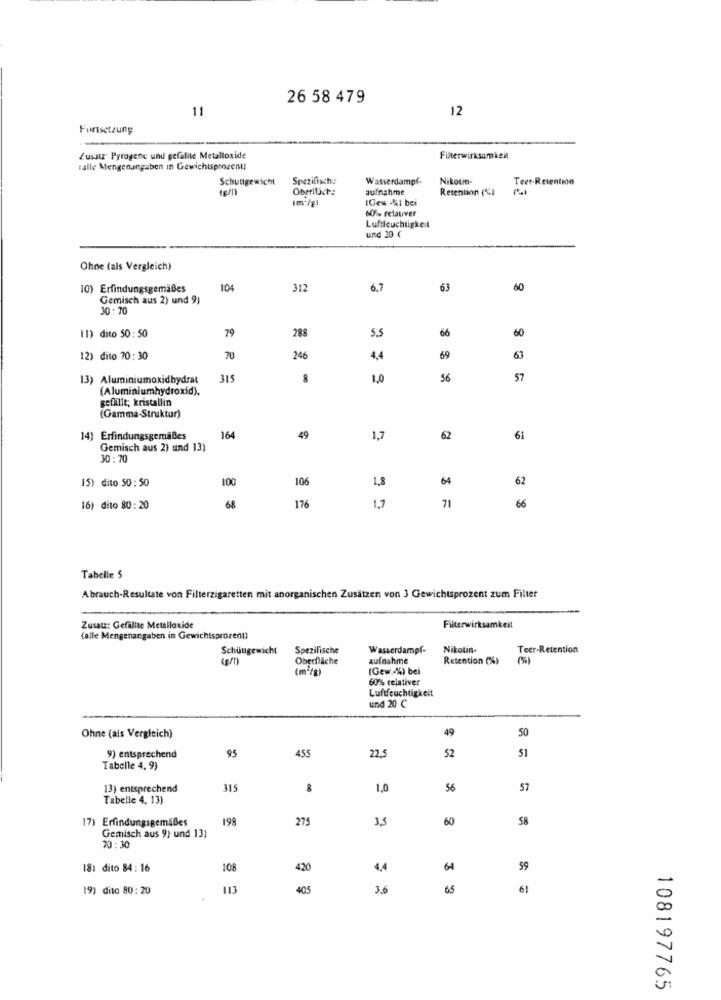
26 58 479
12
11
Fortsetzung
Zusatz Pyrogene und gefaBite Metalloxide
Filterwirksamkeit
salle Mengenangaben in Gewichtsprozent
Schuttgewicht
Spezifisch:
Wasserdampf-
Nikotin-
Teer-Retention
Oberllich:
aufnahme
Retention (C)
IGew,4%) bei
60%% relativer
Luftfeuchtigkeit
und 20 €
Ohne (als Vergleich)
10) Erfindungsgemäßes
104
312
6.7
63
60
Gemisch aus 2) und 9)
10 : 70
79
288
5,5
66
11) dito 50:50
60
12) dito 70:30
70
246
4,4
69
63
13) Aluminiumoxidhydrat
315
8
1,0
56
57
(Aluminiumhydroxid),
gefällt; kristallin
(Gamma-Struktur)
14) Erfindungsgemäßes
164
49
1,7
62
61
Gemisch aus 2) und 13)
30: 70
15) dito 50:50
100
106
1,8
64
62
16) dito 80: 20
68
176
1,7
71
66
Tabelle 5
Abrauch-Resultate von Filterzigaretten mit anorganischen Zusätzen von 3 Gewichtsprozent zum Filter
Zusatz: Gefüllte Metalloxide
Filterwirksamkeit
(alle Mengenangaben in Gewichtsprozent)
Schüugewicht
Spezifische
Wasserdampf-
Nikotin-
Teer-Retention
Oberfläche
aufnahme
Retention (%)
(m /g)
(Gew .. %) bei
60% relativer
Luftfeuchtigkeit
und 20 C
49
50
Ohne (als Vergleich)
455
22.5
51
9) entsprechend
95
52
Tabelle 4, 9)
13) entsprechend
315
1,0
56
57
Tabelle 4. 13)
17) Erfindungsgemäßes
199
275
3,5
60
58
Gemisch aus 9} und 13)
70:30
18: dito 84 : 16
108
420
4.4
64
59
19) dito 80:20
405
3.6
65
61
108197765